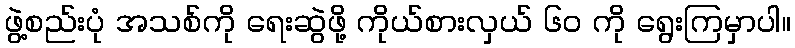
ဖွဲ့စည်းပုံ အသစ်ကို ရေးဆွဲဖို့ ကိုယ်စားလှယ် ၆၀ ကို ရွေးကြမှာပါ။